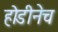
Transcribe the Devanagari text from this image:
होडीनेच